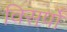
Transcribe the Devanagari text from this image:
विसर्पों